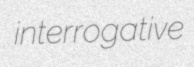
interrogative